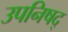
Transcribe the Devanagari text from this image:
उपनिषद्‍